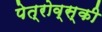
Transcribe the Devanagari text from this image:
पेत्रोव्स्की